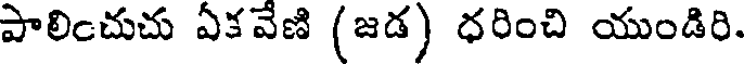
పాలించుచు ఏకవేణి (జడ) ధరించి యుండిరి.